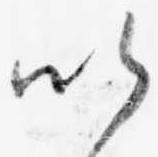
い